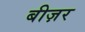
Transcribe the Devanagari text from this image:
बीज़र